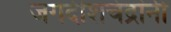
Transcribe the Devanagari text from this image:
जगदीशचंद्रांनी